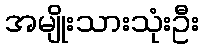
အမျိုးသားသုံးဦး